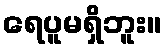
ရေပူမရှိဘူး။